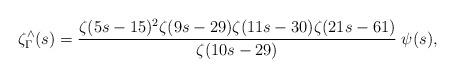
LaTeX: \begin{align*} \zeta^{\wedge}_\Gamma(s) = \frac{\zeta(5s-15)^2 \zeta(9s-29) \zeta(11s-30) \zeta(21s-61) }{\zeta(10s-29)} \; \psi(s),\end{align*}